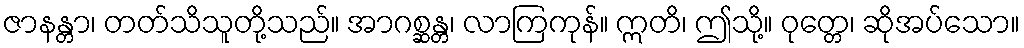
ဇာနန္တာ၊ တတ်သိသူတို့သည်။ အာဂစ္ဆန္တ၊ လာကြကုန်။ ဣတိ၊ ဤသို့။ ဝုတ္တေ၊ ဆိုအပ်သော။